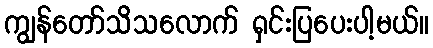
ကျွန်တော်သိသလောက် ရှင်းပြပေးပါ့မယ်။